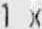
1 X